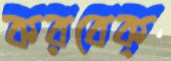
করবেক্